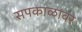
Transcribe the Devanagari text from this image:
सपकाळांवर